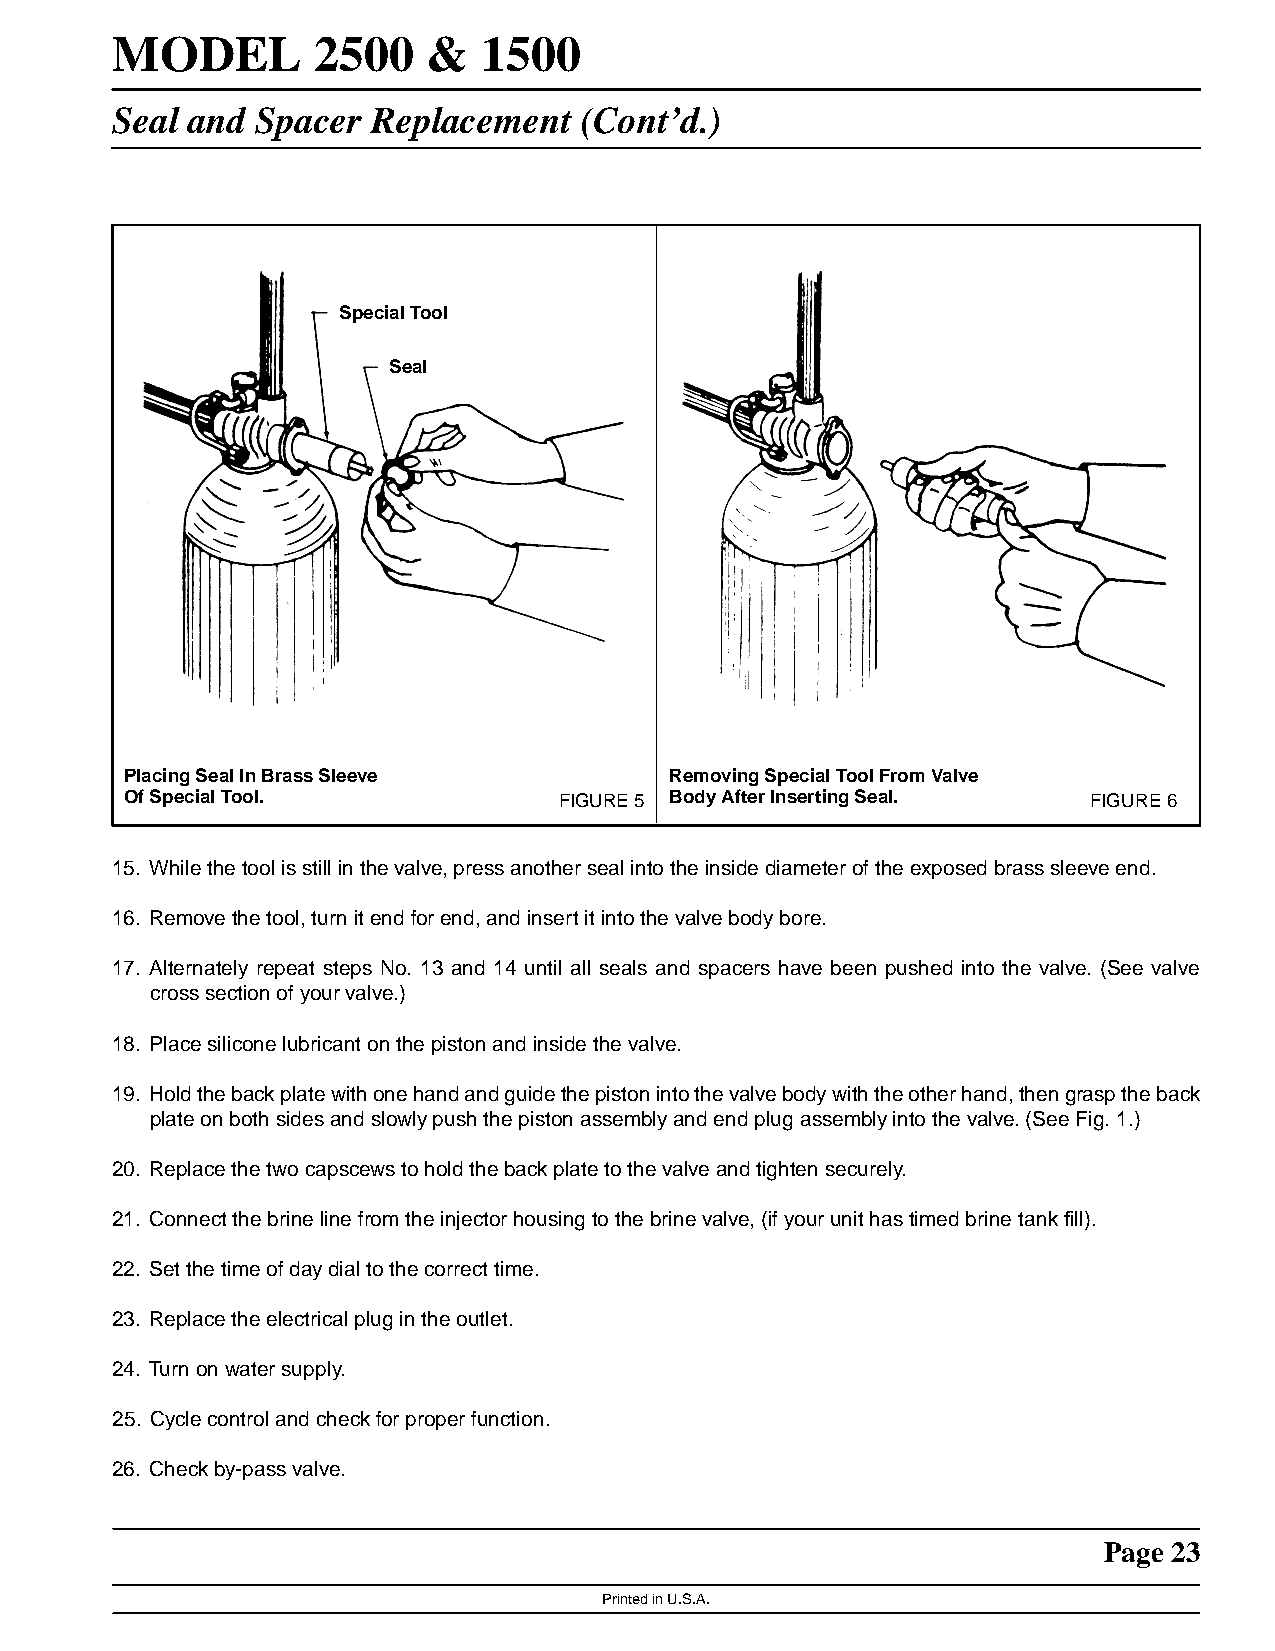
MODEL         2500   &   1500
 Seal and  Spacer  Replacement  (Cont’d.)
 Special Tool
 Seal
 Placing Seal In Brass Sleeve        Removing Special Tool From Valve
 Of Special Tool.             FIGURE 5 Body After Inserting Seal. FIGURE 6
 15. While the tool is still in the valve, press another seal into the inside diameter of the exposed brass sleeve end.
 16. Remove the tool, turn it end for end, and insert it into the valve body bore.
 17. Alternately repeat steps No. 13 and 14 until all seals and spacers have been pushed into the valve. (See valve
 cross section of your valve.)
 18. Place silicone lubricant on the piston and inside the valve.
 19. Holdthebackplatewithonehandandguidethepistonintothevalvebodywiththeotherhand,thengrasptheback
 plate on both sides and slowly push the piston assembly and end plug assembly into the valve. (See Fig. 1.)
 20. Replace the two capscews to hold the back plate to the valve and tighten securely.
 21. Connect the brine line from the injector housing to the brine valve, (if your unit has timed brine tank fill).
 22. Set the time of day dial to the correct time.
 23. Replace the electrical plug in the outlet.
 24. Turn on water supply.
 25. Cycle control and check for proper function.
 26. Check by-pass valve.
 Page 23
 Printed in U.S.A.